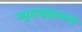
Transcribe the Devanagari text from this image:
ज्युडाइझमचे